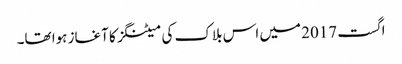
اگست 2017 میں اس بلاک کی میٹنگز کا آغاز ہوا تھا۔